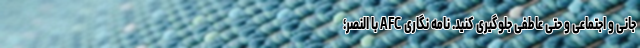
جانی و اجتماعی و حتی عاطفی جلوگیری کنید. نامه نگاری AFC با النصر؛